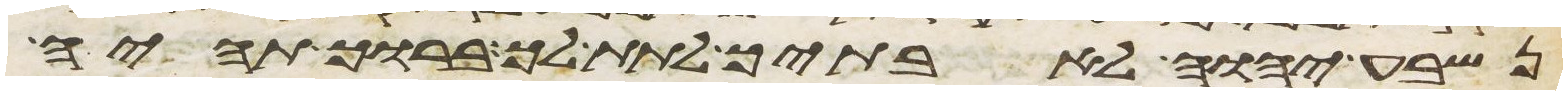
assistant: נשבע יהוה לאבתיך לתת לך ברוך תהיה